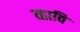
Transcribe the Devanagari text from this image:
व्हावि